Indian Civil Veterinary Department memoirs
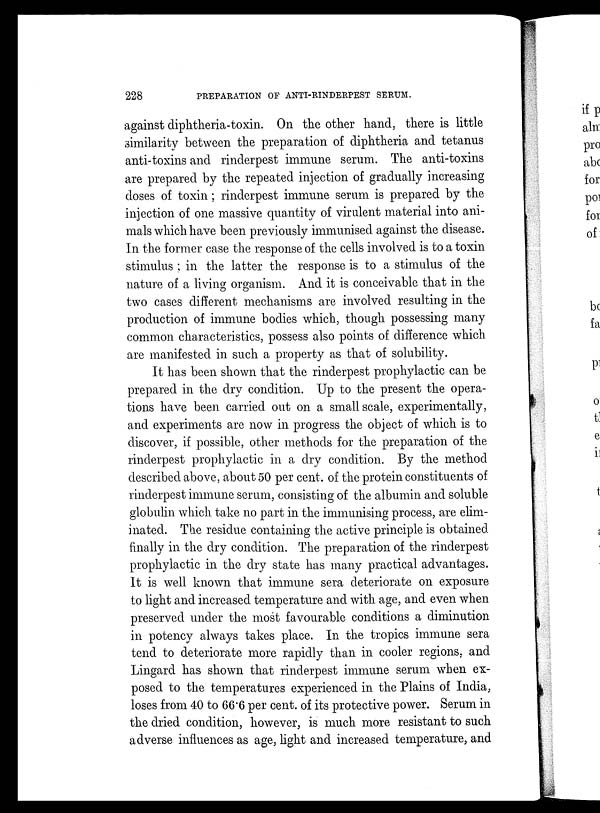
228
PREPARATION OF ANTI-RINDERPEST SERUM.
against diphtheria-toxin. On the other hand, there is little
similarity between the preparation of diphtheria and tetanus
anti-toxins and rinderpest immune serum. The anti-toxins
are prepared by the repeated injection of gradually increasing
doses of toxin; rinderpest immune serum is prepared by the
injection of one massive quantity of virulent material into ani-
mals which have been previously immunised against the disease.
In the former case the response of the cells involved is to a toxin
stimulus ; in the latter the response is to a stimulus of the
nature of a living organism. And it is conceivable that in the
two cases different mechanisms are involved resulting in the
production of immune bodies which, though possessing many
common characteristics, possess also points of difference which
are manifested in such a property as that of solubility.
It has been shown that the rinderpest prophylactic can be
prepared in the dry condition. Up to the present the opera-
tions have been carried out on a small scale, experimentally,
and experiments are now in progress the object of which is to
discover, if possible, other methods for the preparation of the
rinderpest prophylactic in a dry condition. By the method
described above, about 50 per cent. of the protein constituents of
rinderpest immune serum, consisting of the albumin and soluble
globulin which take no part in the immunising process, are elim-
inated. The residue containing the active principle is obtained
finally in the dry condition. The preparation of the rinderpest
prophylactic in the dry state has many practical advantages.
It is well known that immune sera deteriorate on exposure
to light and increased temperature and with age, and even when
preserved under the most favourable conditions a diminution
in potency always takes place. In the tropics immune sera
tend to deteriorate more rapidly than in cooler regions, and
Lingard has shown that rinderpest immune serum when ex-
posed to the temperatures experienced in the Plains of India,
loses from 40 to 66.6 per cent. of its protective power. Serum in
the dried condition, however, is much more resistant to such
adverse influences as age, light and increased temperature, and